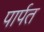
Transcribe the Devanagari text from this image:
पार्पत